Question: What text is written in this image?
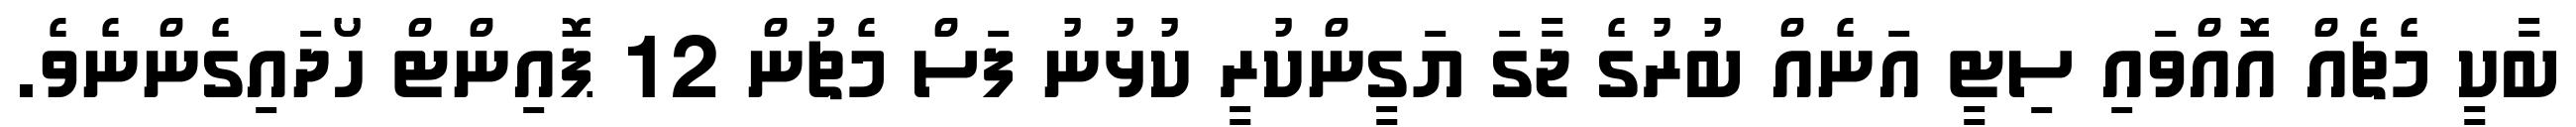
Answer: ބާކީ މެޗެއް އޮއްވައި ސިޓީ އަނެއް ބުރުގެ ޖާގަ ޔަގީންކުރީ ކުޅުނު ފަސް މެޗުން 12 ޕޮއިންޓް ހޯދައިގެންނެވެ.